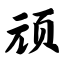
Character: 顽